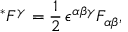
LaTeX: ^ * { F ^ { \gamma } } = \frac { 1 } { 2 } \, \epsilon ^ { \alpha \beta \gamma } F _ { \alpha \beta } ,